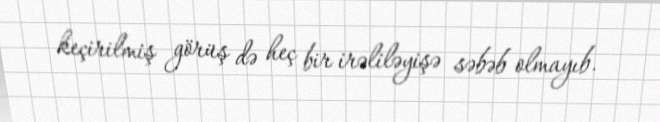
keçirilmiş görüş də heç bir irəliləyişə səbəb olmayıb.